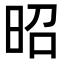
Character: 昭